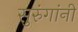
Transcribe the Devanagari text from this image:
सुरुंगांनी